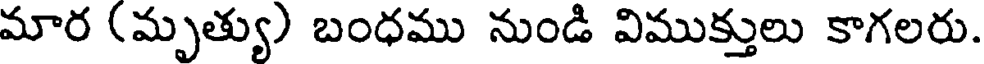
మార (మృత్యు) బంధము నుండి విముక్తులు కాగలరు.